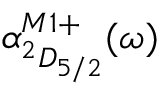
\alpha _ { ^ 2 D _ { 5 / 2 } } ^ { M 1 + } ( \omega )